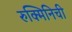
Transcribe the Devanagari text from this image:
रुक्मिनिची